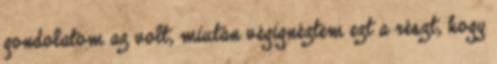
gondolatom az volt, miután végignéztem ezt a részt, hogy